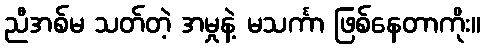
ညီအစ်မ သတ်တဲ့ အမှုနဲ့ မသင်္ကာ ဖြစ်နေတာကိုး။